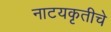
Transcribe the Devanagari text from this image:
नाटयकृतीचे